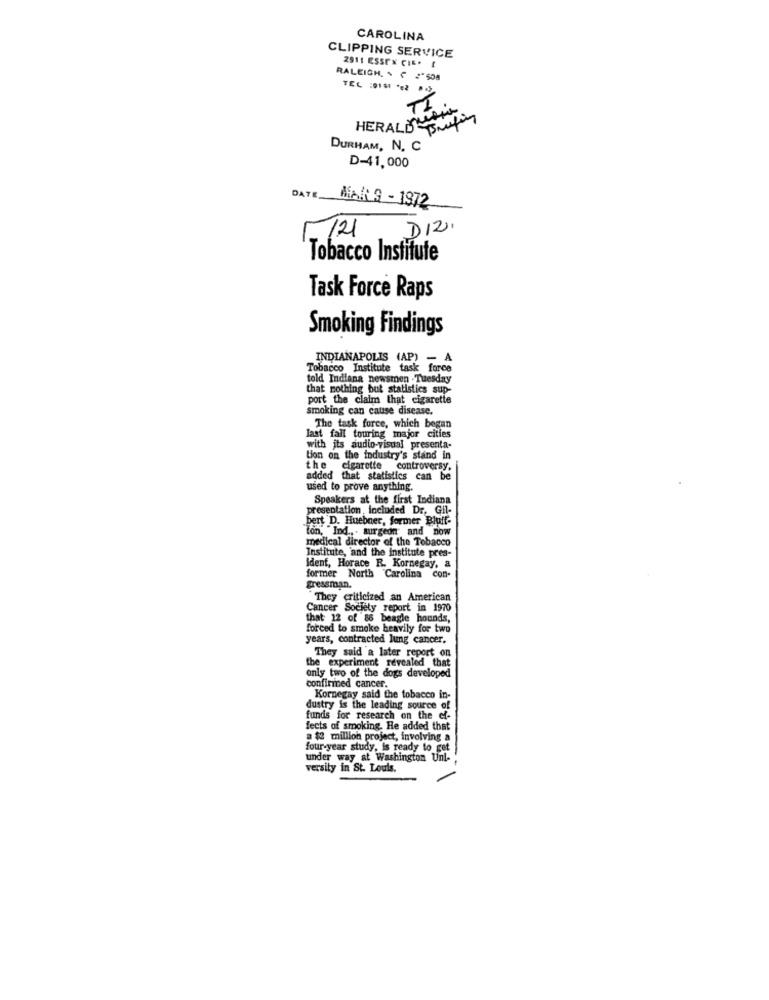
CAROLINA
CLIPPING SERVICE
2911 ESSEX CIE. I
RALEIGH. . C '508
TEL :0101 ** 2 .
TI
HERALD -matin
DURHAM, N. C
D-41,000
DATE
MAK 3 - 1972
D12.
/21
Tobacco Institute
Task Force Raps
Smoking Findings
INDIANAPOLIS (AP) - A
Tobacco Institute task force
told Indiana newsmen .Tuesday
that nothing but statistics sup-
port the claim that cigarette
smoking can cause disease.
The task force, which began
last fall touring major cities
with its audio-visual presenta-
tion on the industry's stand in
the cigarette controversy,
added that statistics can be
used to prove anything.
Speakers at the first Indiana
presentation, included Dr. Gil-
bert D. Huebner, former Bluff-
Ton, "Ind ... turgeon and now
medical director of the Tobacco
Institute, 'and the institute pres-
Ident, Horace R. Kornegay, a
former North Carolina con-
gressman.
"They criticized an American
Cancer Society report in 1970
that 12 of 86 beagle hounds,
forced to smoke heavily for two
years, contracted lung cancer.
They said a later report on
the experiment revealed that
only two of the dogs developed
confinined cancer.
Kornegay said the tobacco in-
dustry is the leading source of
funds for research on the ef-
fects of smoking. He added that
a $2 million project, involving a
four-year study, is ready to get
under way at Washington Unl-
versity in St. Louis.